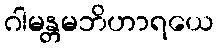
ဂါမန္တမဘိဟာရယေ